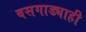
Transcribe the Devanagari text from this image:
बसगाड्याही